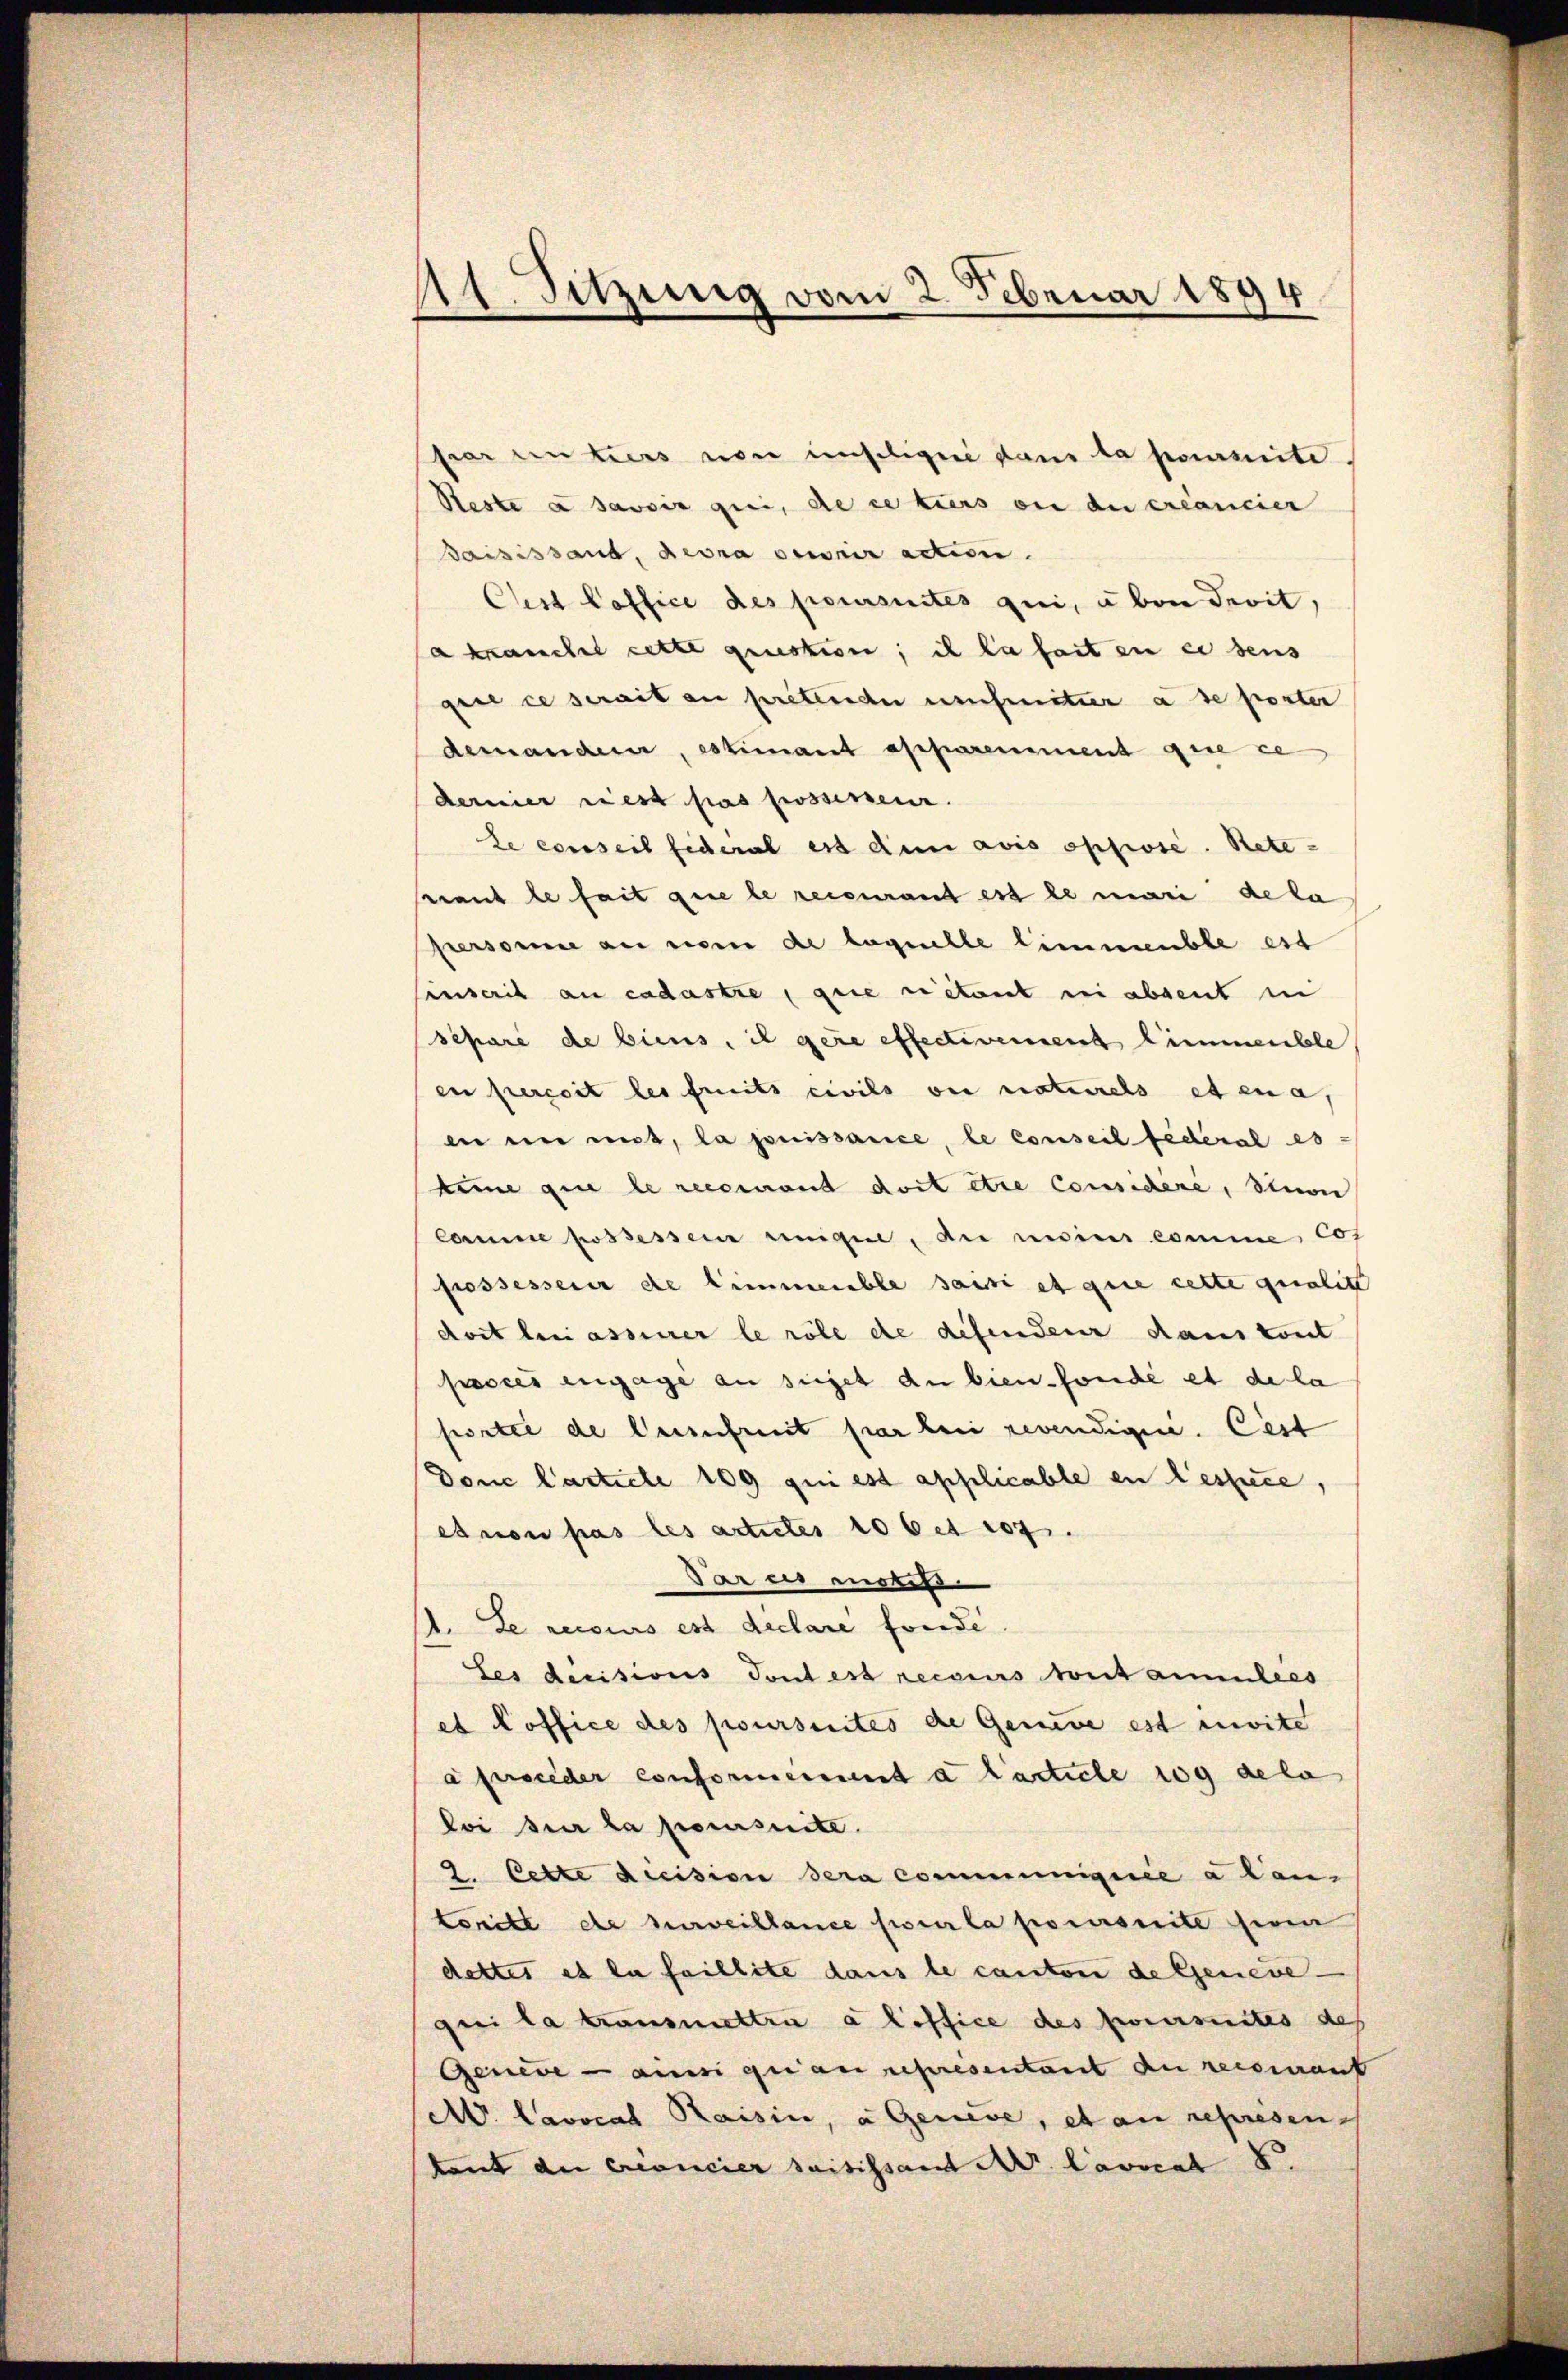
11. Sitzung vom 2. Februar 1894

par unters von unselige dans la promite
Reste à savoir qui, de ce tiers ou du créancier
Baisissand, devra ouvrir action.
Oest office des poursuites qui, u von devit,
akranchel cette question; ich la fait en er dens
gere ce serait an prétenden unfretier à se porter
demandern, estimant apparemment que ce
dernier riest pas possenen.
Le conseil fideral ist den avis oppose. Rete-
rant le fait que le reienant est le mari dela
personne an nom de laquelle limmenble est
sinserit au cadastre, que retont in absent in
sehäre de biens, il gere effectivement immeuble
en percest les freits civils on naturels et ena,
in ein mit, la jouissance, le conseil fédéral es
keine die le recciant doit être considéré, sinon
Camme possessen einige, die meiner comme, cos
possessener de limmeuble saisi et que cette qualit
dort beni assierer le röle de difendeur dans tout
pssses engage an sieget an bien fonde et de la
portie de Gesufruit par bei revendigen. Cest
Donc l’article 109 qui est applicable en lestice,
et non pas les artutes 106 et 107.
Vares nichte
1. Le recours est declare fonde.
Les decisions Pontest reccius Montammlees
et Poffice des poursuites de Genaue est invite
a persieder conformerient a Carticle 109 dela
loi sur la poursuite.
2. Cette dicision sera communiquée a Can¬
Conitt de surveillance pour la poursuite sein
dettes es la faillite dans le canton de Genevequi la transmettra a loffice des formites des
Geneve ainsi qui au representant an recomant
A. Lavocal Raisin, a Geneve, et an represen
tant der Concier saisissant Nr. Lavocat 8.